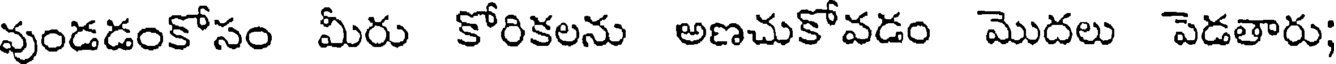
వుండడంకోసం మీరు కోరికలను అణచుకోవడం మొదలు పెడతారు;